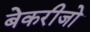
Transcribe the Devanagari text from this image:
बेकरीजो